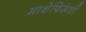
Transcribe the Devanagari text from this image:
माथेफिरूंची